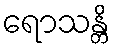
ရောသန္တိ